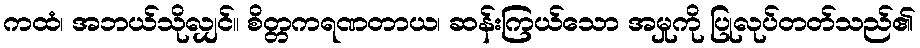
ကထံ၊ အဘယ်သိုလျှင်။ စိတ္တကရဏတာယ၊ ဆန်းကြယ်သော အမှုကို ပြုလုပ်တတ်သည်၏